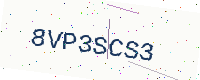
Text: 8VP3SCS3